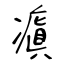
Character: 瘨